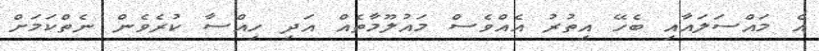
އެ މައްސަލައާއި ބެހޭ އިތުރު އެއްވެސް މައުލޫމާތެއް އަދި ހިއްސާ ކުރެވެން ނެތްކަމަށް